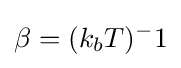
\beta =(k_{b}T)^{-}1